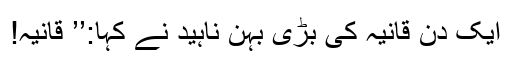
ایک دن قانیہ کی بڑی بہن ناہید نے کہا:’’ قانیہ!